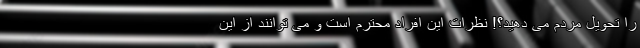
را تحویل مردم می دهید؟! نظرات این افراد محترم است و می توانند از این